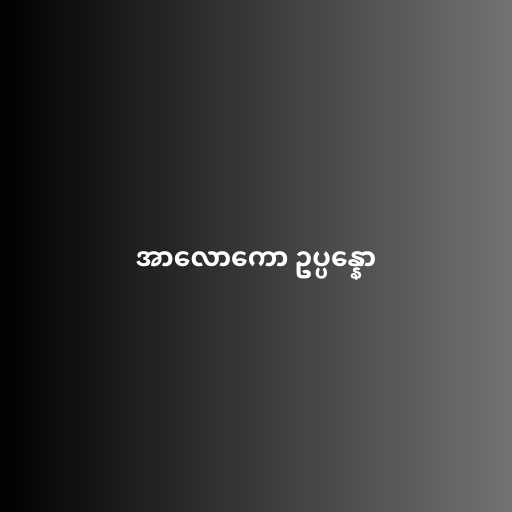
အာလောကော ဥပ္ပန္နော